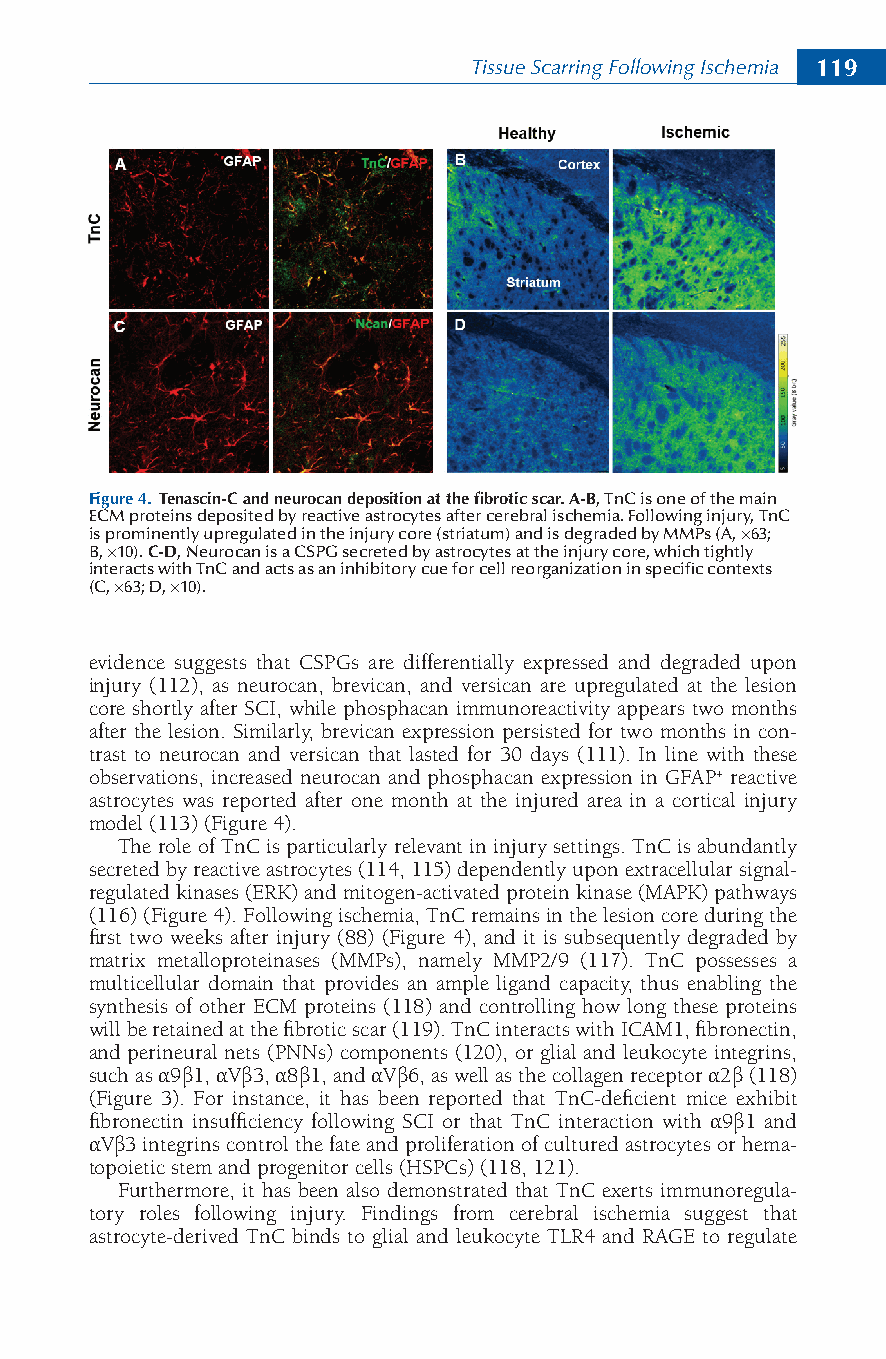
Tissue Scarring Following Ischemia 119
 Figure 4. Tenascin-C and neurocan deposition at the fibrotic scar. A-B, TnC is one of the main
 ECM proteins deposited by reactive astrocytes after cerebral ischemia. Following injury, TnC
 is prominently upregulated in the injury core (striatum) and is degraded by MMPs (A, ×63;
 B, ×10). C-D, Neurocan is a CSPG secreted by astrocytes at the injury core, which tightly
 interacts with TnC and acts as an inhibitory cue for cell reorganization in specific contexts
 (C, ×63; D, ×10).
 evidence suggests that CSPGs are differentially expressed and degraded upon
 injury (112), as neurocan, brevican, and versican are upregulated at the lesion
 core shortly after SCI, while phosphacan immunoreactivity appears two months
 after the lesion. Similarly, brevican expression persisted for two months in con-
 trast to neurocan and versican that lasted for 30 days (111). In line with these
 observations, increased neurocan and phosphacan expression in GFAP+ reactive
 astrocytes was reported after one month at the injured area in a cortical injury
 model (113) (Figure 4).
 The role of TnC is particularly relevant in injury settings. TnC is abundantly
 secreted by reactive astrocytes (114, 115) dependently upon extracellular signal-
 regulated kinases (ERK) and mitogen-activated protein kinase (MAPK) pathways
 (116) (Figure 4). Following ischemia, TnC remains in the lesion core during the
 first two weeks after injury (88) (Figure 4), and it is subsequently degraded by
 matrix metalloproteinases (MMPs), namely MMP2/9 (117). TnC possesses a
 multicellular domain that provides an ample ligand capacity, thus enabling the
 synthesis of other ECM proteins (118) and controlling how long these proteins
 will be retained at the fibrotic scar (119). TnC interacts with ICAM1, fibronectin,
 and perineural nets (PNNs) components (120), or glial and leukocyte integrins,
 such as α9β1, αVβ3, α8β1, and αVβ6, as well as the collagen receptor α2β (118)
 (Figure 3). For instance, it has been reported that TnC-deficient mice exhibit
 fibronectin insufficiency following SCI or that TnC interaction with α9β1 and
 αVβ3 integrins control the fate and proliferation of cultured astrocytes or hema-
 topoietic stem and progenitor cells (HSPCs) (118, 121).
 Furthermore, it has been also demonstrated that TnC exerts immunoregula-
 tory roles following injury. Findings from cerebral ischemia suggest that
 astrocyte-derived TnC binds to glial and leukocyte TLR4 and RAGE to regulate